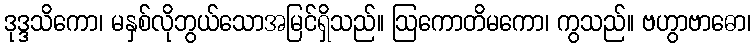
ဒုဒ္ဒသိကော၊ မနှစ်လိုဘွယ်သောအမြင်ရှိသည်။ ဩကောတိမကော၊ ကွသည်။ ဗဟွာဗာဓော၊